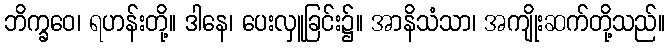
ဘိက္ခဝေ၊ ရဟန်းတို့။ ဒါနေ၊ ပေးလှူခြင်း၌။ အာနိသံသာ၊ အကျိုးဆက်တို့သည်။